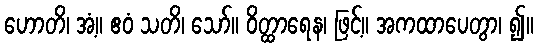
ဟောတိ၊ အံ့။ ဧဝံ သတိ၊ သော်။ ဝိတ္ထာရေန၊ ဖြင့်။ အကထာပေတွာ၊ ၍။